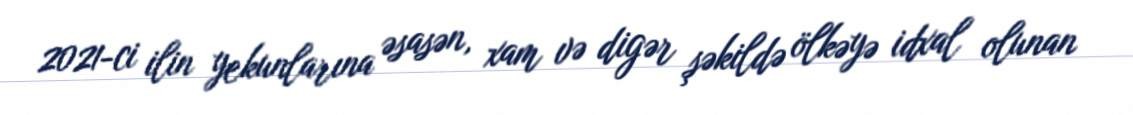
2021-ci ilin yekunlarına əsasən, xam və digər şəkildə ölkəyə idxal olunan